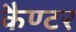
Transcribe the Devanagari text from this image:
कैण्टर